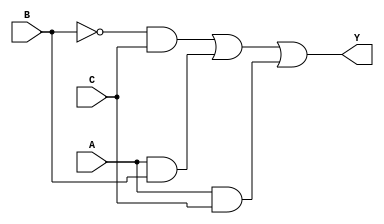
module combinational_logic (
    input wire A,  // Input A
    input wire B,  // Input B
    input wire C,  // Input C
    output wire Y  // Output Y
);

// Implementing the logic expression: Y = B'C + AB + AC
assign Y = (~B & C) | (A & B) | (A & C);

endmodule